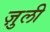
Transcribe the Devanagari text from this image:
ज़ुली